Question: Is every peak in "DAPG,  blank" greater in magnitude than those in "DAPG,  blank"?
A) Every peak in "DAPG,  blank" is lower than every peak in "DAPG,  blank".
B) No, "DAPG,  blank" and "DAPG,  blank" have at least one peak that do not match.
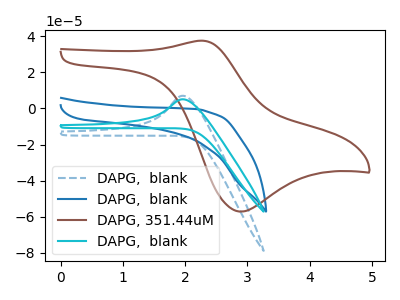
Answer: <think>The blue dashed curve "DAPG,  blank" has an anodic peak at: (1.95V, 7.05uA). The blue curve "DAPG,  blank" has no peaks. The brown curve "DAPG, 351.44uM" has an anodic peak at (2.30V, 37.60uA) and a cathodic peak at (2.90V, -57.20uA). The cyan curve "DAPG,  blank" has an anodic peak at: (1.95V, 5.10uA).</think>
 <answer>A) Every peak in "DAPG,  blank" is lower than every peak in "DAPG,  blank".</answer>
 <eval>A</eval>